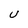
Character: u